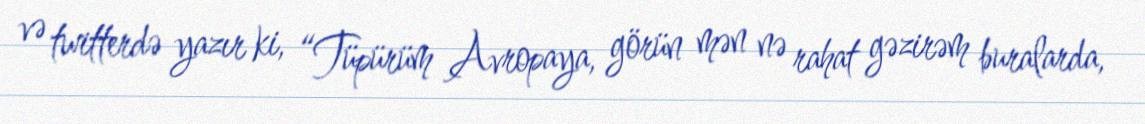
və twitterdə yazır ki, “Tüpürüm Avropaya, görün mən nə rahat gəzirəm buralarda,